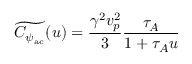
\widetilde { C _ { \psi _ { \mathrm { a c } } } } ( u ) = \frac { \gamma ^ { 2 } v _ { p } ^ { 2 } } { 3 } \frac { \tau _ { A } } { 1 + \tau _ { A } u }